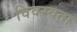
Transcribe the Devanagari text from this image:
विवस्वता